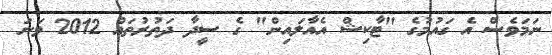
ނަމަވެސް އެ ގައުމުގެ "ޓާކިޝް އެއާލައިން" ގެ ސީދާ ދަތުރުތައް 2012 ވަނަ